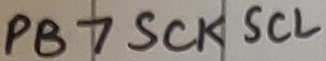
Text: PB7SCKSCL